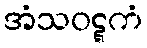
အံသဝဋ္ဋကံ